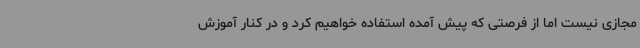
مجازی نیست اما از فرصتی که پیش آمده استفاده خواهیم کرد و در کنار آموزش